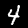
Digit: 4